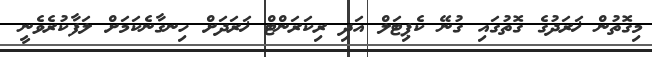
މިގޮތުން ޚަރަދުގެ ގޮތުގައި ގުނޭ ކެޕިޓަލް އަދި ރިކަރަންޓް ޚަރަދަށް ހިނގާނެކަމަށް ލަފާކުރެވެނީ